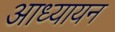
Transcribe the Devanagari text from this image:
आध्यायन